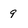
Character: 9